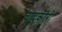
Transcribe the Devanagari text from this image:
वादकारी